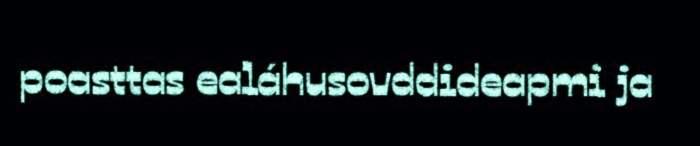
poasttas ealáhusovddideapmi ja